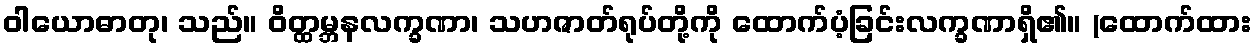
ဝါယောဓာတု၊ သည်။ ဝိတ္ထမ္ဘနလက္ခဏာ၊ သဟဇာတ်ရုပ်တို့ကို ထောက်ပံ့ခြင်းလက္ခဏာရှိ၏။ (ထောက်ထား